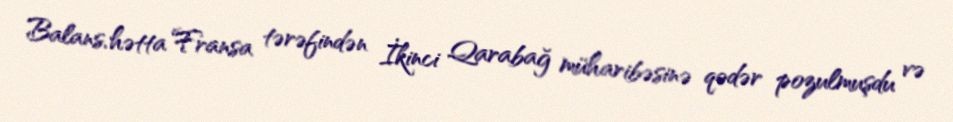
Balans, hətta Fransa tərəfindən İkinci Qarabağ müharibəsinə qədər pozulmuşdu və